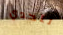
لتحدي